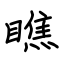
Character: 瞧